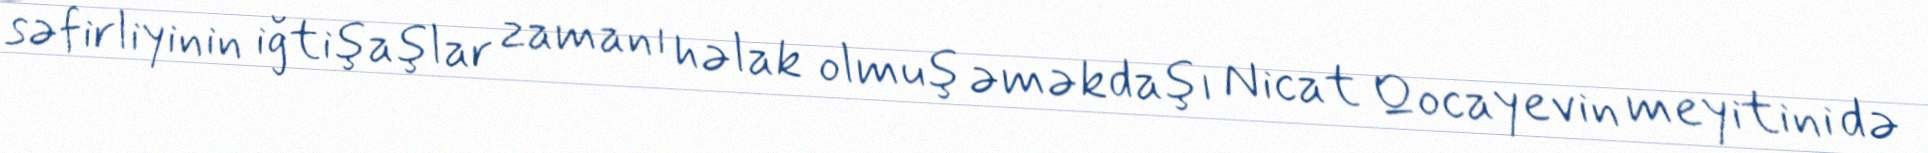
səfirliyinin iğtişaşlar zamanı həlak olmuş əməkdaşı Nicat Qocayevin meyitini də